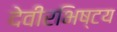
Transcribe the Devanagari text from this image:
देवीरभिष्टय